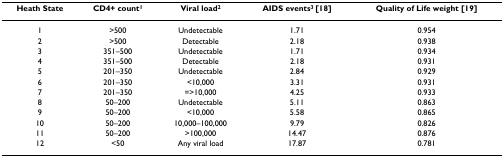
| Heath State | CD4+ count1 | Viral load2 | AIDS events3 [18] | Quality of Life weight [19] |
 | --- | --- | --- | --- | --- |
 | 1 | >500 | Undetectable | 1.71 | 0.954 |
 | 2 | >500 | Detectable | 2.18 | 0.938 |
 | 3 | 351–500 | Undetectable | 1.71 | 0.934 |
 | 4 | 351–500 | Detectable | 2.18 | 0.931 |
 | 5 | 201–350 | Undetectable | 2.84 | 0.929 |
 | 6 | 201–350 | <10,000 | 3.31 | 0.931 |
 | 7 | 201–350 | =>10,000 | 4.25 | 0.933 |
 | 8 | 50–200 | Undetectable | 5.11 | 0.863 |
 | 9 | 50–200 | <10,000 | 5.58 | 0.865 |
 | 10 | 50–200 | 10,000–100,000 | 9.79 | 0.826 |
 | 11 | 50–200 | >100,000 | 14.47 | 0.876 |
 | 12 | <50 | Any viral load | 17.87 | 0.781 |